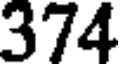
374